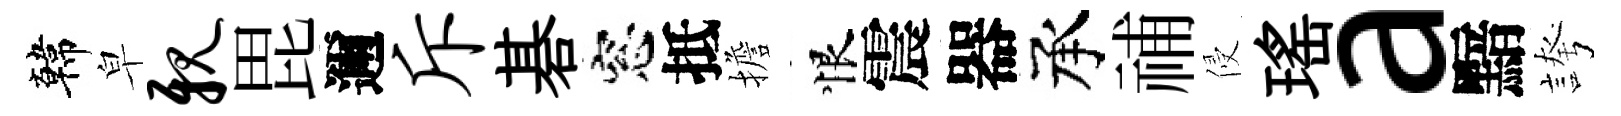
韓皁亲毘邇斥碁窓抵擔恨震器承𥙷侵瑤a黯誇